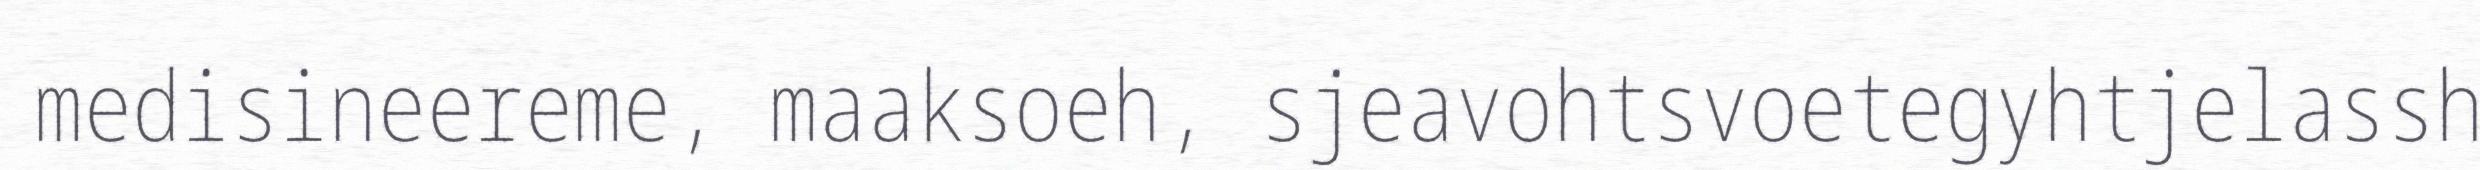
medisineereme, maaksoeh, sjeavohtsvoetegyhtjelassh